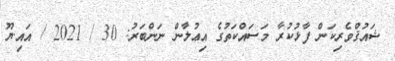
ޝައުޤްވެރިކަން ފާޅުކުރާ މަސައްކަތުގެ އިޢުލާން ނަންބަރު: 30 / 2021 / އައި.ޔޫ